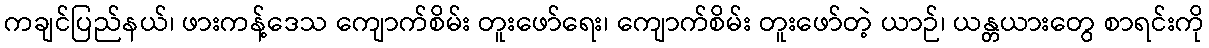
ကချင်ပြည်နယ်၊ ဖားကန့်ဒေသ ကျောက်စိမ်း တူးဖော်ရေး၊ ကျောက်စိမ်း တူးဖော်တဲ့ ယာဉ်၊ ယန္တယားတွေ စာရင်းကို